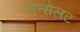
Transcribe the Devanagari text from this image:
लेन्सेलट